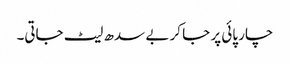
چار پائی پر جا کر بے سدھ لیٹ جاتی۔